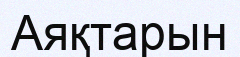
Аяқтарын